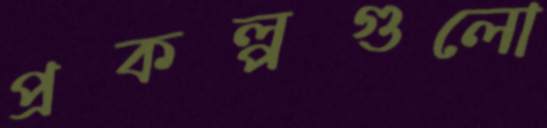
প্রকল্পগুলো